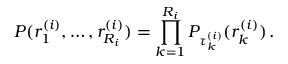
P ( r _ { 1 } ^ { ( i ) } , \ldots , r _ { R _ { i } } ^ { ( i ) } ) = \prod _ { k = 1 } ^ { R _ { i } } P _ { \tau _ { k } ^ { ( i ) } } ( r _ { k } ^ { ( i ) } ) \, .